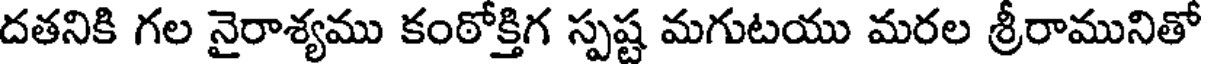
దతనికి గల నైరాశ్యము కంఠోక్తిగ స్పష్ట మగుటయు మరల శ్రీరామునితో